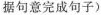
据句意完成句子)